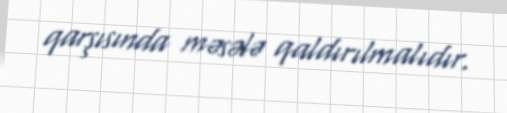
qarşısında məsələ qaldırılmalıdır.